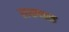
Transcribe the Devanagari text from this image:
लक्षणात